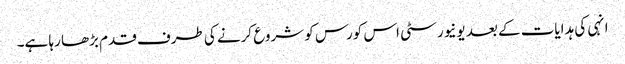
انہی کی ہدایات کے بعد یونیورسٹی اس کورس کو شروع کرنے کی طرف قدم بڑھا رہا ہے۔